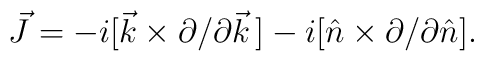
\vec{J} =                                                               -i[\vec{k}\times \partial/\partial\vec{k}\,] -i[\hat{n}\times   \partial/\partial\hat{n}].